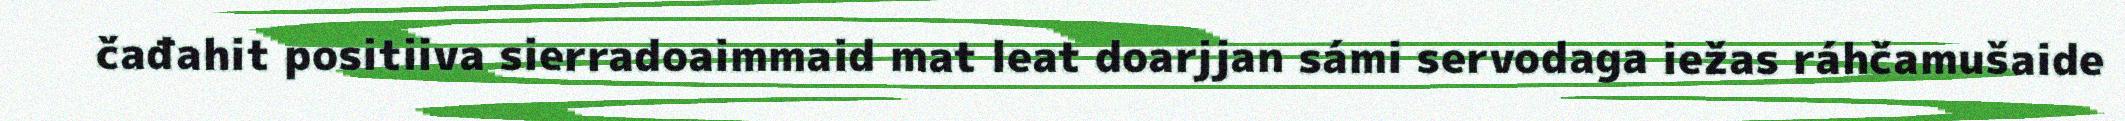
čađahit positiiva sierradoaimmaid mat leat doarjjan sámi servodaga iežas ráhčamušaide